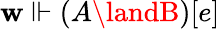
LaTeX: \mathbf{w}\Vdash(A\landB)[e]